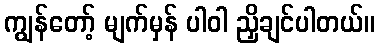
ကျွန်တော့် မျက်မှန် ပါဝါ ညှိချင်ပါတယ်။